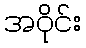
အဝိုင်း